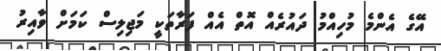
އޭގެ އެންމެ މުހިއްމު ދައުރެއް އޮތް އެއް ފަރާތަކީ މަޖިލިސް ކަމަށް ވާއިރު